Medical and sanitary report of the native army of Bengal for the year
Year: 1876
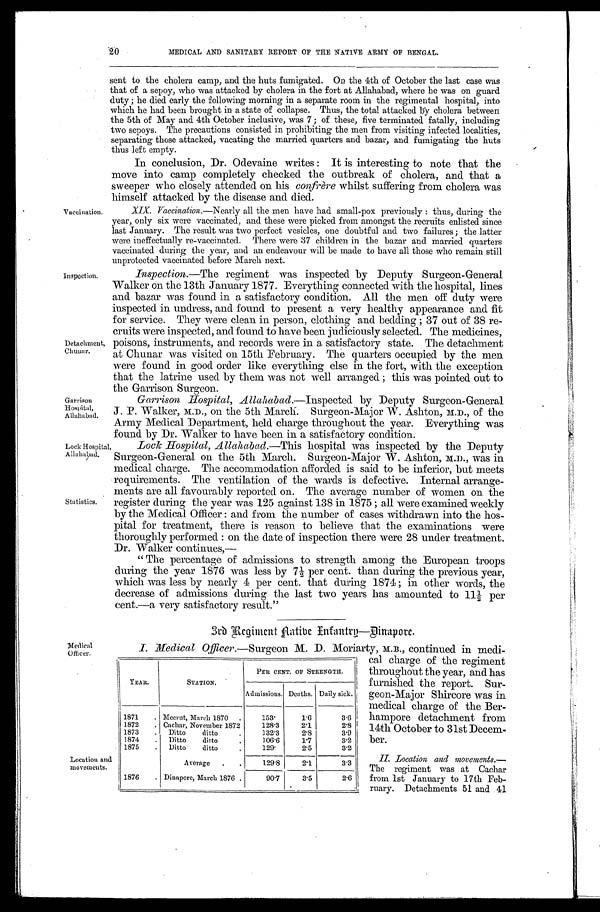
Medical
Officer.
Location and
movements.
20
MEDICAL AND SANITARY REPORT 0F THE NATIVE ARMY OF BENGAL.
sent to the cholera camp, and the huts fumigated. On the 4th of October the last case was
that of a sepoy, who was attacked by cholera in the fort at Allahabad, where he was on guard
duty ; he died early the following morning in a separate room in the regimental hospital, into
which he had been brought in a state of collapse. Thus, the total attacked by cholera between
the 5th of May and 4th October inclusive, was 7; of these, five terminated fatally, including
two sepoys. The precautions consisted in prohibiting the men from visiting infected localities,
separating those attacked, vacating the married quarters and bazar, and fumigating the huts
thus left empty.
In conclusion, Dr. Odevaine writes : It is interesting to note that the
move into camp completely checked the outbreak of cholera, and that a
sweeper who closely attended on his confrère whilst suffering from cholera was
himself attacked by the disease and died.
Vaccination.
Inspection.
Detachment,
Chunar.
Garrison
Hospital,
Allahabad.
Lock Hospital,
Allahabad.
Statistics.
XIX. Vaccination.—Nearly all the men have had small-pox previously : thus, during the
year, only six were vaccinated, and these were picked from amongst the recruits enlisted since
last January. The result was two perfect vesicles, one doubtful and two failures ; the latter
were ineffectually re-vaccinated. There were 37 children in the bazar and married quarters
vaccinated during the year, and an endeavour will be made to have all those who remain still
unprotected vaccinated before March next.
Inspection. —The regiment was inspected by Deputy Surgeon-General
Walker on the 13th January 1877. Everything connected with the hospital, lines
and bazar was found in a satisfactory condition. All the men off duty were
inspected in undress, and found to present a very healthy appearance and fit
for service. They were clean in person, clothing and bedding ; 37 out of 38 re-
cruits were inspected, and found to have been judiciously selected. The medicines,
poisons, instruments, and records were in a satisfactory state. The detachment
at Chunar was visited on 15th February. The quarters occupied by the men
were found in good order like everything else in the fort, with the exception
that the latrine used by them was not well arranged ; this was pointed out to
the Garrison Surgeon.
Garrison Hospital, Allahabad. —Inspected by Deputy Surgeon- General
J. P. Walker, M.D., on the 5th March. Surgeon-Major W. Ashton, M.D., of the
Army Medical Department, held charge throughout the year. Everything was
found by Dr. Walker to have been in a satisfactory condition.
Lock Hospital, Allahabad. —This hospital was inspected by the Deputy
Surgeon-General on the 5th March. Surgeon-Major W. Ashton, M.D., was in
medical charge. The accommodation afforded is said to be inferior, but meets
requirements. The ventilation of the wards is defective. Internal arrange-
ments are all favourably reported on. The average number of women on the
register during the year was 125 against 138 in 1875 ; all were examined weekly
by the Medical Officer : and from the number of cases withdrawn into the hos-
pital for treatment, there is reason to believe that the examinations were
thoroughly performed : on the date of inspection there were 28 under treatment.
Dr. Walker continues,—
“ The percentage of admissions to strength among the European troops
during the year 1876 was less by 7½ per cent. than during the previous year,
which was less by nearly 4 per cent. that during 1874; in other words, the
decrease of admissions during the last two years has amounted to 11½ per
cent.—a very satisfactory result.”
3rd Regiment Native Infantry—Dinapore.
I. Medical Officer. —Surgeon M. D. Moriarty, M.B., continued in medi-
YEAR.
STATION.
PER CENT. OF STRENGTH.
Admissions. Deaths. Daily sick.
1871
. Meerut, March 1870
.
153.
1.6
3.6
1872
. Cachar, November 1872
128.3
2.1
2.8
1873
.
Ditto
d i t t o .
1 3 2 . 3 2.8
3.9
1874
.
Ditto
ditto
.
106.6
1.7
3.2
1875
.
Ditto
ditto
129.
2.5
3.2
Average
.
.
129.8
2.1
3.3
1876
. Dinapore, March 1876 .
90.7
3.5
2.6
cal charge of the regiment
throughout the year, and has
furnished the report. Sur-
geon-Major Shircore was in
medical charge of the Ber-
hampore detachment from
14th October to 31st Decem-
ber.
II.Location and movements.
— T h e r e g i m e n t w a s a t C a c h a r
from 1st January to 17th Feb-
ruary. Detachments 51 and 41